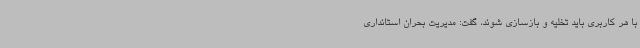
با هر کاربری باید تخلیه و بازسازی شوند، گفت: مدیریت بحران استانداری